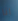
انا